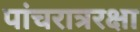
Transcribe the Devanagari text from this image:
पांचरात्ररक्षा